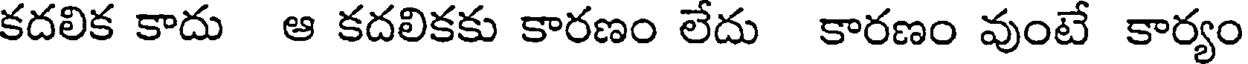
కదలిక కాదు ఆ కదలికకు కారణం లేదు కారణం వుంటే కార్యం